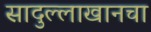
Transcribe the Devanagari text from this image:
सादुल्लाखानचा